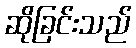
ဆိုခြင်းသည်